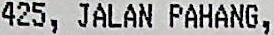
425, JALAN PAHANG,